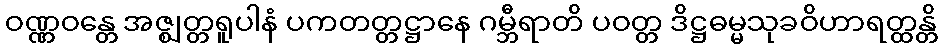
ဝဏ္ဏဝန္တေ အဇ္ဈတ္တရူပါနံ ပကတတ္တဋ္ဌာနေ ဂမ္ဘီရာတိ ပဝတ္တ ဒိဋ္ဌဓမ္မသုခဝိဟာရတ္ထန္တိ